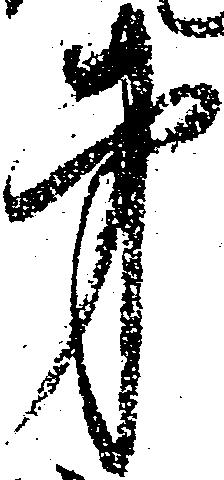
弟